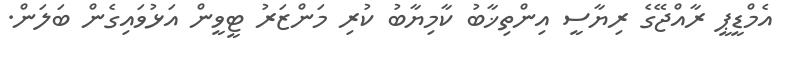
އެމްޑީޕީ ރާއްޖޭގެ ރިޔާސީ އިންތިޚާބު ކާމިޔާބު ކުރި މަންޒަރު ޓީވީން އަޅުވައިގެން ބަލަން.